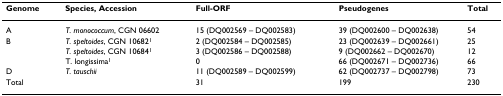
<table><thead><tr><td><b>Genome</b></td><td><b>Species, Accession</b></td><td><b>Full-ORF</b></td><td><b>Pseudogenes</b></td><td><b>Total</b></td></tr></thead><tbody><tr><td>A</td><td><i>T. monococcum</i>, CGN 06602</td><td>15 (DQ002569 – DQ002583)</td><td>39 (DQ002600 – DQ002638)</td><td>54</td></tr><tr><td>B</td><td><i>T. speltoides</i>, CGN 10682<sup>1</sup></td><td>2 (DQ002584 – DQ002585)</td><td>23 (DQ002639 – DQ002661)</td><td>25</td></tr><tr><td></td><td><i>T. speltoides</i>, CGN 10684<sup>1</sup></td><td>3 (DQ002586 – DQ002588)</td><td>9 (DQ002662 – DQ002670)</td><td>12</td></tr><tr><td></td><td>T. longissima<sup>1</sup></td><td>0</td><td>66 (DQ002671 – DQ002736)</td><td>66</td></tr><tr><td>D</td><td><i>T. tauschii</i></td><td>11 (DQ002589 – DQ002599)</td><td>62 (DQ002737 – DQ002798)</td><td>73</td></tr><tr><td>Total</td><td></td><td>31</td><td>199</td><td>230</td></tr></tbody></table>